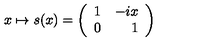
x \mapsto s ( x ) = \left( \begin{array} { l r } { 1 } & { - i x } \\ { 0 } & { 1 } \\ \end{array} \right)